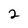
Character: 2